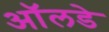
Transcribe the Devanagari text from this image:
ऑलडे